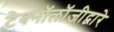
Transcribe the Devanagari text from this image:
टेक्‍नॉलॉजीद्वारे